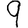
Digit: 9